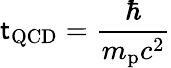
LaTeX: \mathsf{t}_{\mathrm{{QCD}}}={\frac{{\hbar}}{{m_{\mathrm{{p}}}c^{2}}}}